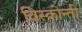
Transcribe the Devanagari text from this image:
विस्कोन्ती